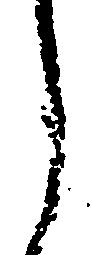
し